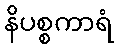
နိပစ္စကာရံ